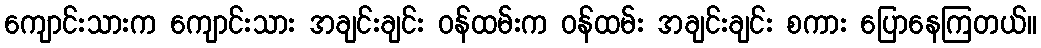
ကျောင်းသားက ကျောင်းသား အချင်းချင်း ဝန်ထမ်းက ဝန်ထမ်း အချင်းချင်း စကား ပြောနေကြတယ်။